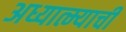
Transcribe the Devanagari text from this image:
अध्यात्म्याची